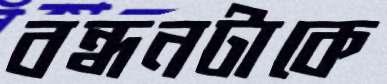
বন্ধনটাকে